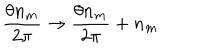
\frac { \theta n _ { m } } { 2 \pi } \rightarrow \frac { \theta n _ { m } } { 2 \pi } + n _ { m }